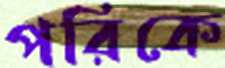
পরিকে